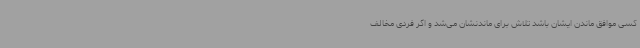
کسی موافق ماندن ایشان باشد تلاش برای ماندنشان می‌شد و اگر فردی مخالف